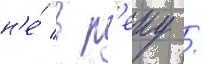
н'е́ в р'еку /